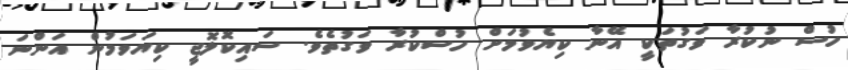
ހުސް ނުކުރާ ވަގުތަކީ އޭނާ ކިޔެވުމަށް ހުސްކުރާ ވަގުތެވެ. ސައިކޮލޮޖީ ކިޔަވަމުން އަންނަ